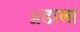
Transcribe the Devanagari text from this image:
ॲडाला